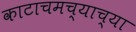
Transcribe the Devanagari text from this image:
काटाचमच्याच्या